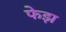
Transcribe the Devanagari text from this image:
फेझ